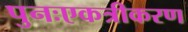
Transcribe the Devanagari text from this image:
पुनःएकत्रीकरण